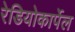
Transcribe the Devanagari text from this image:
रेडियोकार्पेल